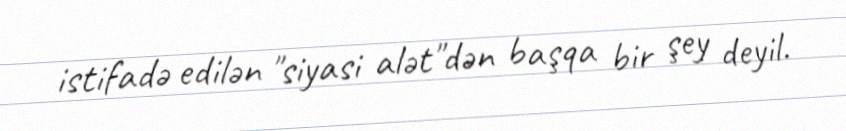
istifadə edilən "siyasi alət"dən başqa bir şey deyil.